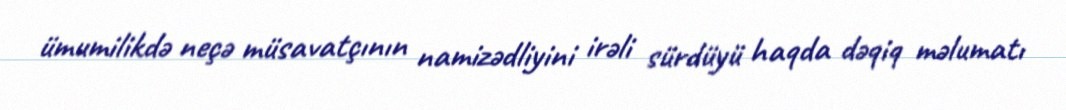
ümumilikdə neçə müsavatçının namizədliyini irəli sürdüyü haqda dəqiq məlumatı